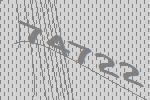
74722